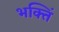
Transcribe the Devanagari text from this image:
भक्तिं